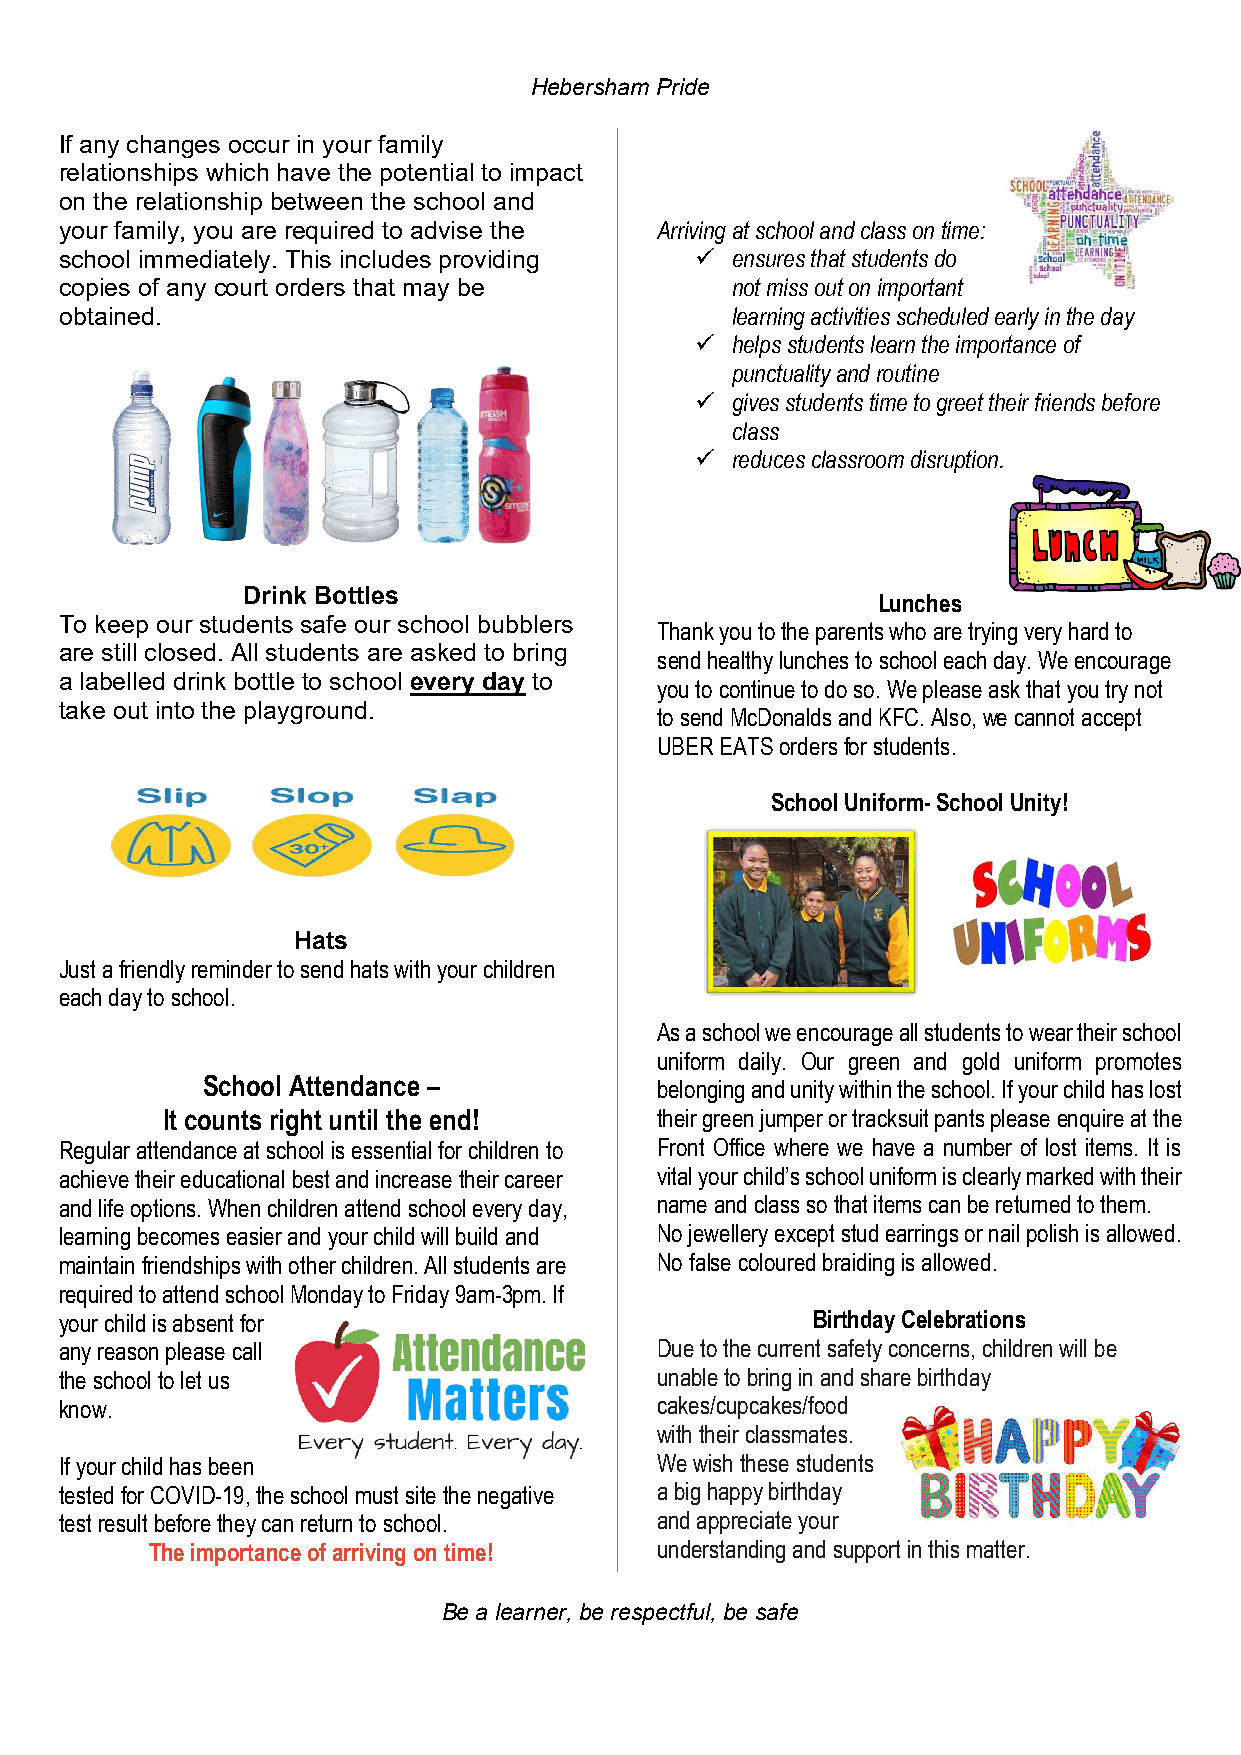
Hebersham Pride
 If any changes occur in your family
 relationships which have the potential to impact
 on the relationship between the school and
 your family, you are required to advise the Arriving at school and class on time:
 school immediately. This includes providing  ensures that students do
 copies of any court orders that may be      not miss out on important
 obtained.                                   learning activities scheduled early in the day
  helps students learn the importance of
 punctuality and routine
  gives students time to greet their friends before
 class
  reduces classroom disruption.
 Drink Bottles                             Lunches
 To keep our students safe our school bubblers
 Thank you to the parents who are trying very hard to
 are still closed. All students are asked to bring
 send healthy lunches to school each day. We encourage
 a labelled drink bottle to school every day to you to continue to do so. We please ask that you try not
 take out into the playground.
 to send McDonalds and KFC. Also, we cannot accept
 UBER EATS orders for students.
 School Uniform- School Unity!
 Hats
 Just a friendly reminder to send hats with your children
 each day to school.
 As a school we encourage all students to wear their school
 uniform daily. Our green and gold uniform promotes
 School Attendance –           belonging and unity within the school. If your child has lost
 It counts right until the end!  their green jumper or tracksuit pants please enquire at the
 Regular attendance at school is essential for children to Front Office where we have a number of lost items. It is
 achieve their educational best and increase their career vital your child’s school uniform is clearly marked with their
 and life options. When children attend school every day, name and class so that items can be returned to them.
 learning becomes easier and your child will build and No jewellery except stud earrings or nail polish is allowed.
 maintain friendships with other children. All students are No false coloured braiding is allowed.
 required to attend school Monday to Friday 9am-3pm. If
 your child is absent for                          Birthday Celebrations
 any reason please call                 Due to the current safety concerns, children will be
 the school to let us                   unable to bring in and share birthday
 know.                                  cakes/cupcakes/food
 with their classmates.
 If your child has been                 We wish these students
 tested for COVID-19, the school must site the negative a big happy birthday
 test result before they can return to school. and appreciate your
 The importance of arriving on time! understanding and support in this matter.
 Be a learner, be respectful, be safe